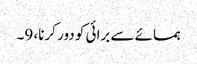
ہمسائے سے برائی کو دور کرنا، 9۔